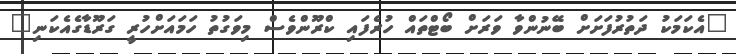
"އެކަމަކު ދަތުރުފަށަށް ބޭނުންވާ ވަރަށް ބޯޓްތައް ހުރެފައި ކްރޫންވެސް މިވަގުތު ހަމައަށްހުރީ ގަރޫޑާގެއެކަނި"